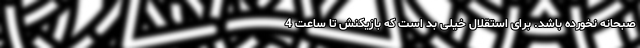
صبحانه نخورده باشد. برای استقلال خیلی بد است که بازیکنش تا ساعت 4